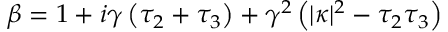
\beta = 1 + i \gamma \left( \tau _ { 2 } + \tau _ { 3 } \right) + \gamma ^ { 2 } \left( | \kappa | ^ { 2 } - \tau _ { 2 } \tau _ { 3 } \right)